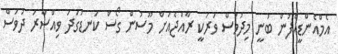
އެމްއެންޑީއެފުން ބުނީ މިދުވަސް ވަރަކީ ރާއްޖެއަށް މޫސުން ގޯސް ކަނޑުގަދަ ވިއްސާރަ ދުވަސް